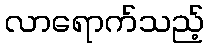
လာရောက်သည့်